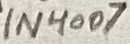
Text: 1N4007